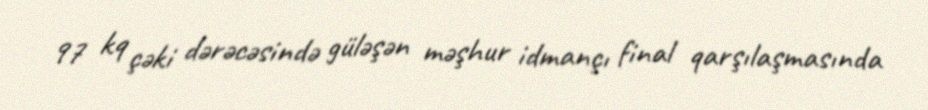
97 kq çəki dərəcəsində güləşən məşhur idmançı final qarşılaşmasında